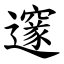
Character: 邃